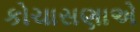
કોચાસણાએ